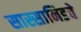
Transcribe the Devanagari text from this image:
सास्सानिडचे